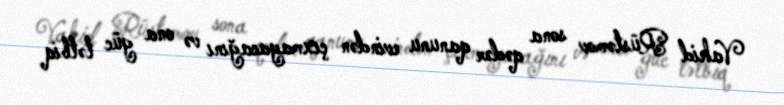
Vahid Rüstəmov sona qədər qanunu evindən çıxmayacağını və ona güc tətbiq